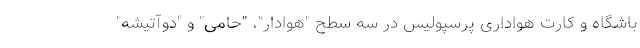
باشگاه و کارت هواداری پرسپولیس در سه سطح "هوادار"، "حامی" و "دوآتیشه"